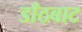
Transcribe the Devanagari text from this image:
डाँठबाट